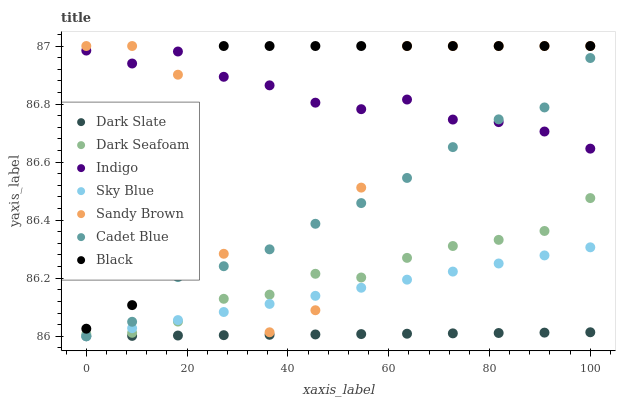
| xaxis_label | Dark Slate | Dark Seafoam | Indigo | Sky Blue | Sandy Brown | Cadet Blue | Black |
 | --- | --- | --- | --- | --- | --- | --- | --- |
 | 0 | 86 | 86 | 87 | 86 | 87 | 86 | 86 |
 | 9.09 | 86 | 86 | 86.9 | 86 | 87 | 86 | 86.1 |
 | 18.2 | 86 | 86.1 | 87 | 86.1 | 86.9 | 86.2 | 86.7 |
 | 27.3 | 86 | 86.1 | 86.9 | 86.1 | 86.3 | 86.2 | 87 |
 | 36.4 | 86 | 86.1 | 86.9 | 86.1 | 86 | 86.3 | 87 |
 | 45.5 | 86 | 86.2 | 86.8 | 86.1 | 86.1 | 86.4 | 87 |
 | 54.5 | 86 | 86.2 | 86.8 | 86.2 | 86.5 | 86.5 | 87 |
 | 63.6 | 86 | 86.3 | 86.8 | 86.2 | 87 | 86.5 | 87 |
 | 72.7 | 86 | 86.3 | 86.7 | 86.2 | 87 | 86.7 | 87 |
 | 81.8 | 86 | 86.3 | 86.7 | 86.3 | 87 | 86.7 | 87 |
 | 90.9 | 86 | 86.4 | 86.7 | 86.3 | 87 | 86.8 | 87 |
 | 100 | 86 | 86.5 | 86.6 | 86.3 | 87 | 87 | 87 |